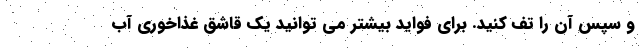
و سپس آن را تف کنید. برای فواید بیشتر می توانید یک قاشق غذاخوری آب